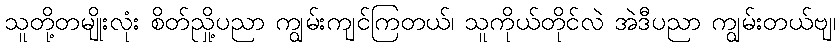
သူတို့တမျိုးလုံး စိတ်ညှို့ပညာ ကျွမ်းကျင်ကြတယ်၊ သူကိုယ်တိုင်လဲ အဲဒီပညာ ကျွမ်းတယ်ဗျ၊